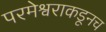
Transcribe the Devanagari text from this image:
परमेश्वराकडूनच